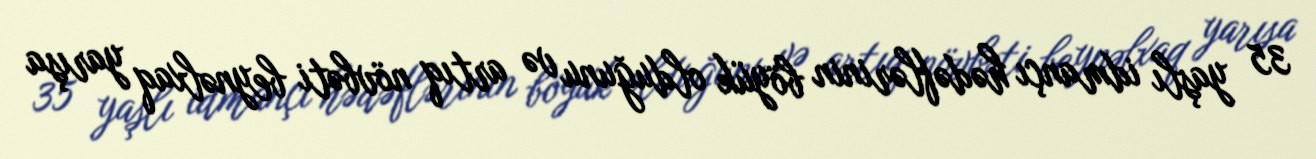
35 yaşlı idmançı hədəflərinin böyük olduğunu və artıq növbəti beynəlxaq yarışa